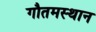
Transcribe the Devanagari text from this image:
गौतमस्थान